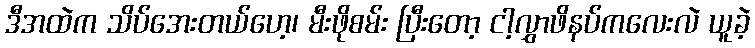
ဒီအထဲက သိပ်အေးတယ်ဟေ့၊ မီးဖိုစမ်း ပြီးတော့ ငါ့လွှာဖိနပ်ကလေးလဲ ယူခဲ့